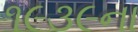
૧૯૩૯ના